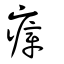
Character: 瘴